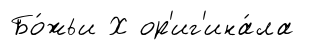
Бо́жьи Х ор'иг'ина́ла